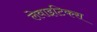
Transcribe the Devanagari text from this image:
लेवाइटिकस